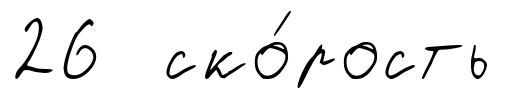
26 ско́рость